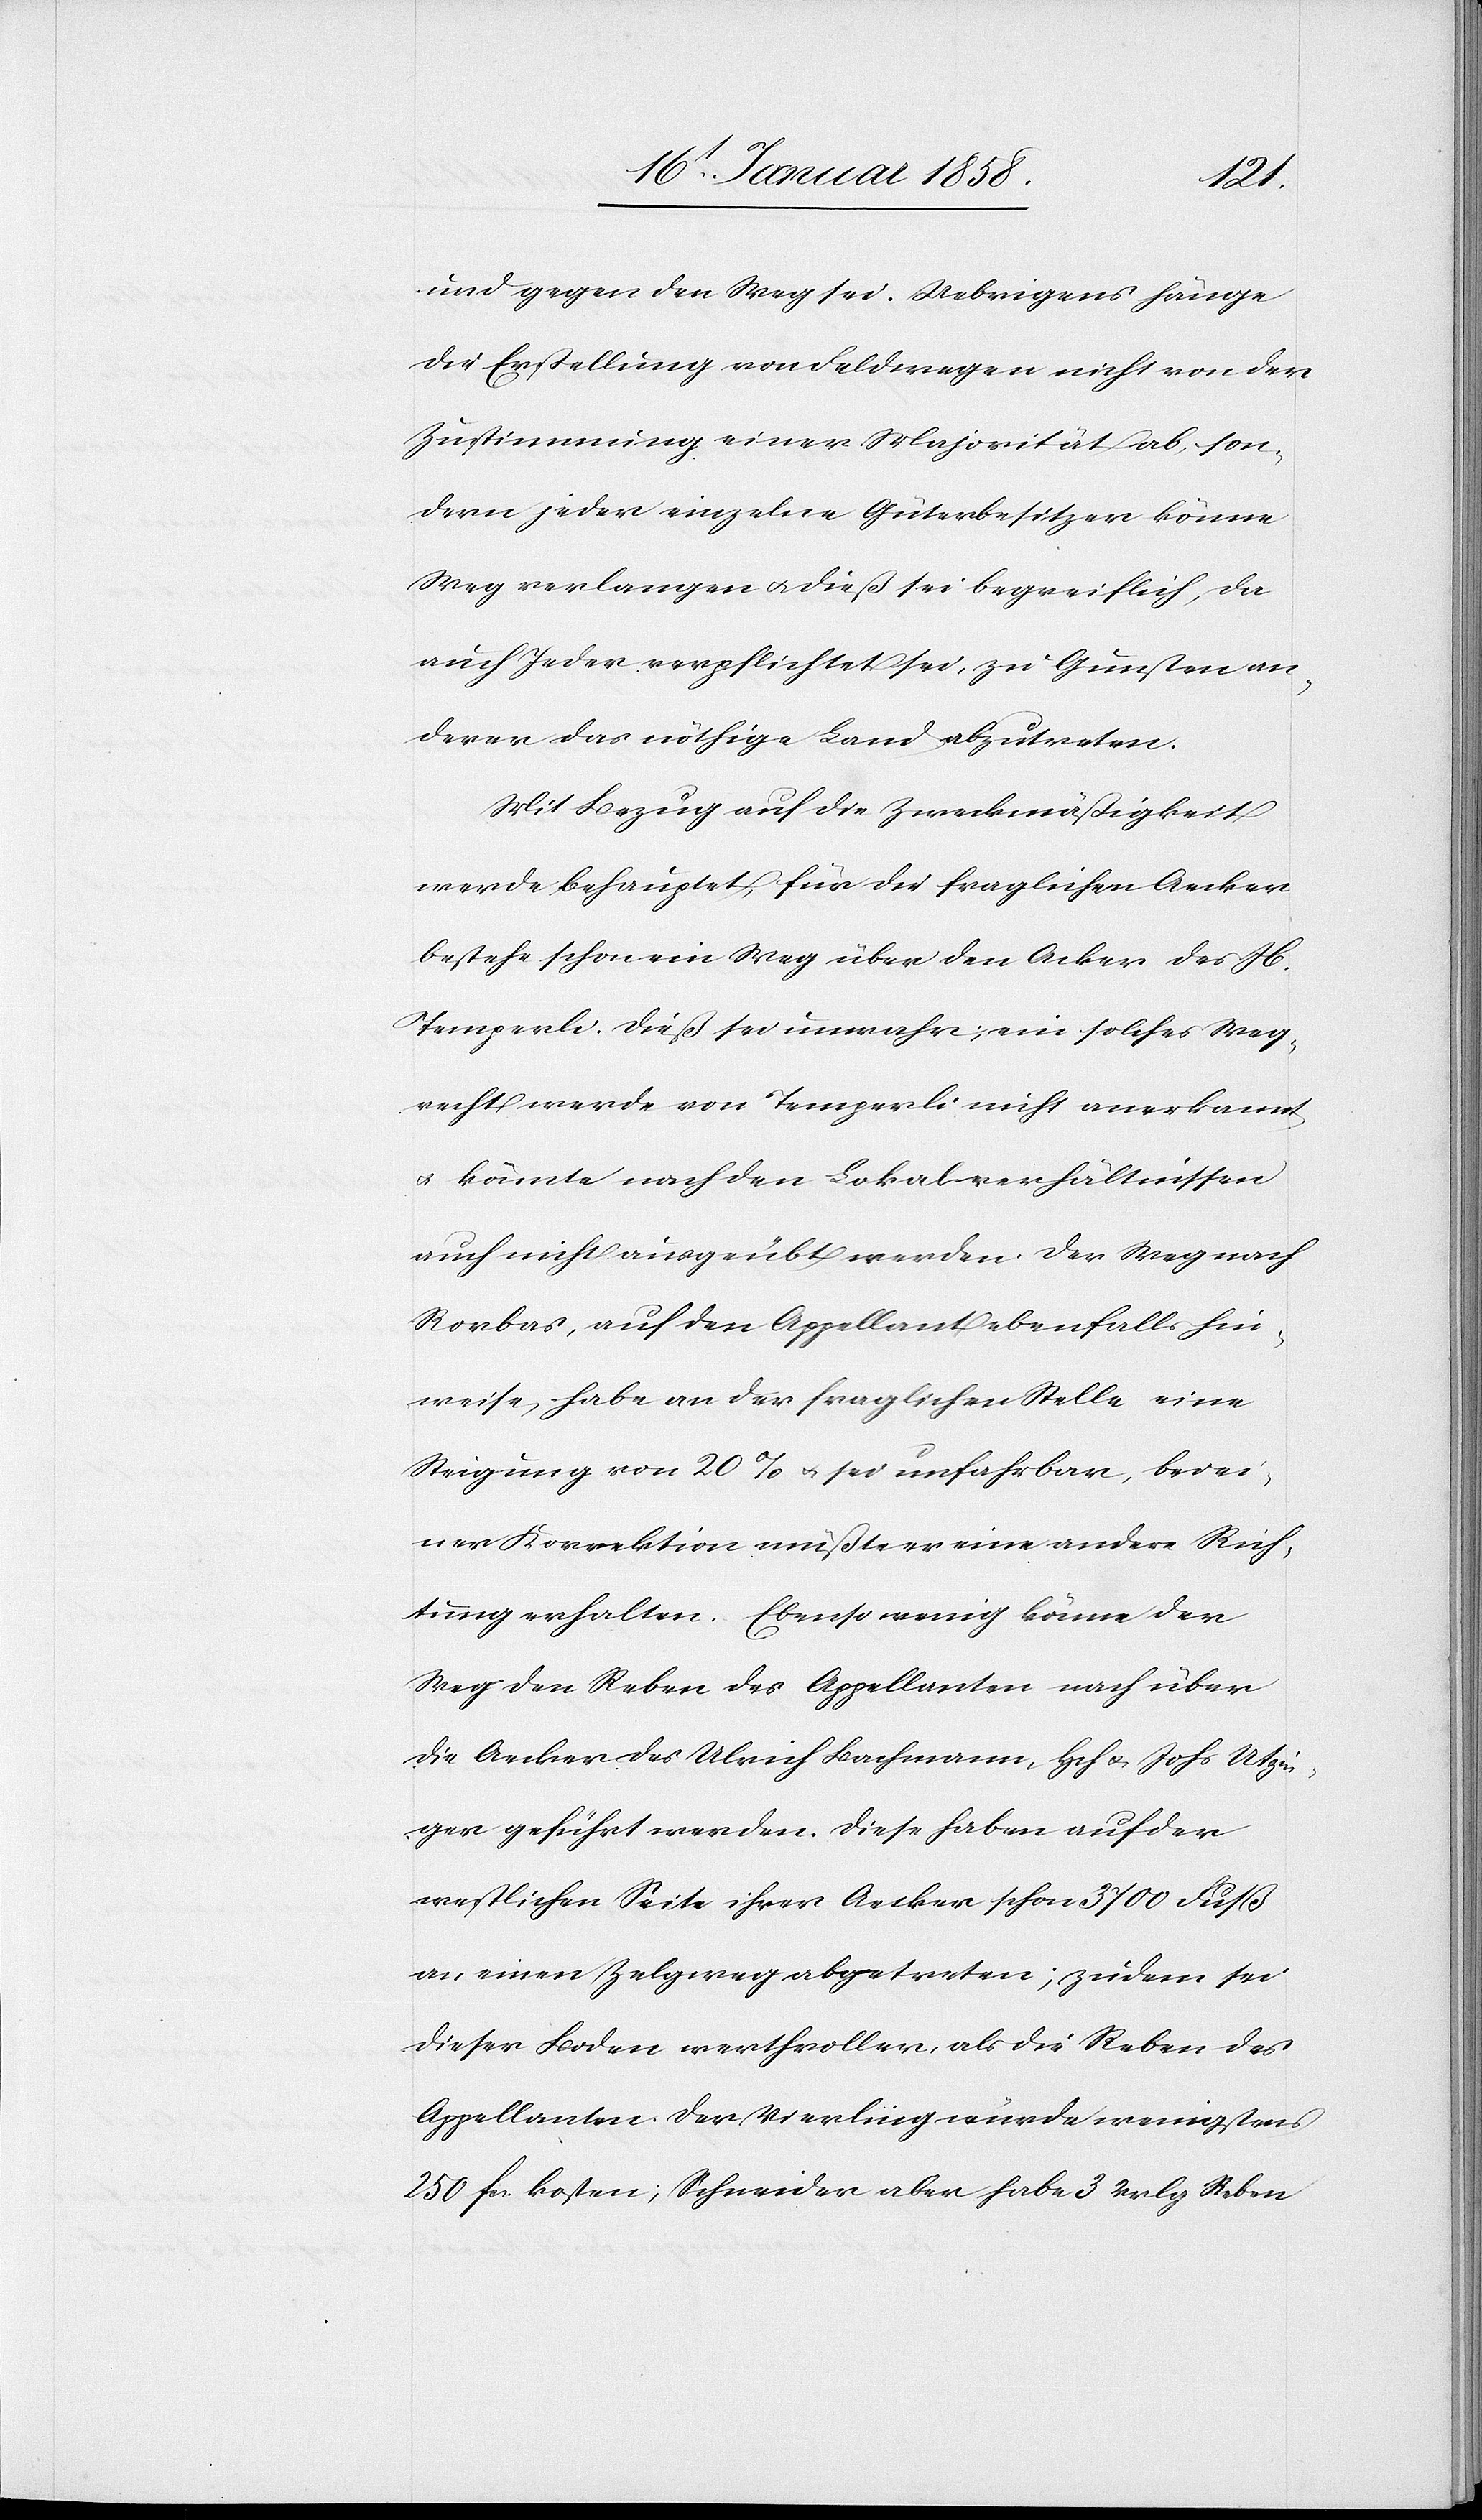
und gegen den Weg sei. Uebrigens hänge
die Erstellung von Feldwegen nicht von der
Zustimmung einer Majorität ab, son¬
dern jeder einzelne Güterbesitzer könne
Weg verlangen u. dieß sei begreiflich, da
auch Jeder verpflichtet sei, zu Gunsten an¬
derer das nöthige Land abzutreten.
Mit Bezug auf die Zweckmäßigkeit
werde behauptet, für die fraglichen Aecker
bestehe schon ein Weg über den Acker des Jb.
Temperli. Dieß sei unwahr; ein solches Weg¬
recht werde von Temperli nicht anerkannt
u. könnte nach den Lokalverhältnissen
auch nicht ausgeübt werden. Der Weg nach
Rorbas, auf den Appellant ebenfalls hin¬
weise. Habe an der fraglichen Stelle eine
Steigung von 20 % u. sei unfahrbar, bei ei¬
ner Korrektion müße er eine andere Rich¬
tung erhalten. Ebenso wenig könne der
Weg den Reben des Appellanten nach über
die Aecker des Ulrich Bachmann, Hch u. Johs. Utzin¬
ger geführt werden. Diese haben auf der
westlichen Seite ihrer Aecker schon 3700 Fuß
an, einen Zelgweg abgetreten; zudem sei
dieser Boden werthvoller, als die Reben des
Appellanten. Der Vierling würde wenigstens
250 fr. kosten; Schneider aber habe 3 Vrlg. Reben